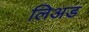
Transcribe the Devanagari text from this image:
लिअड